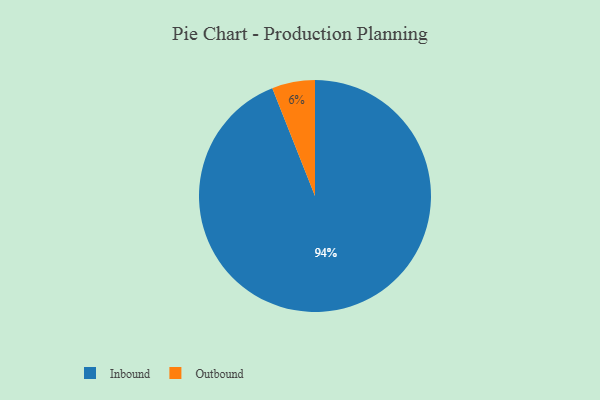
{"axis": {"x": "Category", "y": "Percentage"}, "legend": ["Inbound", "Outbound"], "data": [{"x": "Outbound", "y": 6, "type": "Outbound"}, {"x": "Inbound", "y": 94, "type": "Inbound"}]}